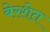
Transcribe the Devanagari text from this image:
बेरशेत